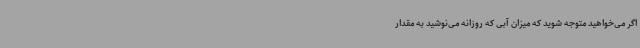
اگر می‌خواهید متوجه شوید که میزان آبی که روزانه می‌نوشید به مقدار